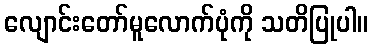
လျောင်းတော်မူလောက်ပုံကို သတိပြုပါ။